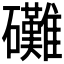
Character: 𮁙